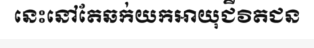
នេះនៅតែឆក់យកអាយុជីវិតជន